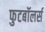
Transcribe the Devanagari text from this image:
फुटबॉलर्स